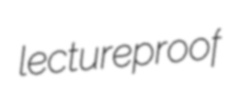
lectureproof